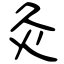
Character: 灸